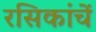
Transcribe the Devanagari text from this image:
रसिकांचें